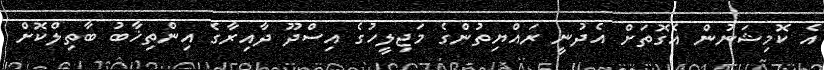
އެ ކޮމިޝަނުން އެގޮތަށް އެދުނީ ރައްޔިތުންގެ މަޖިލީހުގެ އިސްދޫ ދާއިރާގެ އިންތިޚާބު ބާތިލްކޮށް